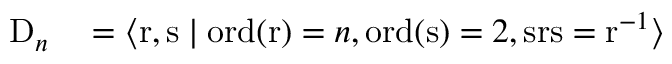
\begin{array} { r l } { \mathrm { D } _ { n } } & { { } = \langle \mathrm { r } , \mathrm { s } \mid \operatorname { o r d } ( \mathrm { r } ) = n , \operatorname { o r d } ( \mathrm { s } ) = 2 , \mathrm { s r s } = \mathrm { r } ^ { - 1 } \rangle } \end{array}